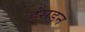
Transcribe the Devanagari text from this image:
हंसडन